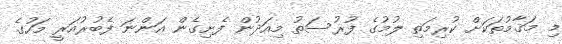
މި މަޤާމުތަކަށް ކުރިމަތި ލުމުގެ ފުރުސަތު މިއަދުން ފެށިގެން އަންނަ ފެބުރުއަރީ މަހުގެ